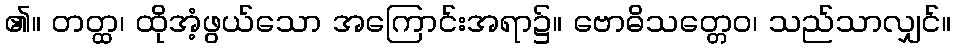
၏။ တတ္ထ၊ ထိုအံ့ဖွယ်သော အကြောင်းအရာ၌။ ဗောဓိသတ္တေဝ၊ သည်သာလျှင်။